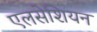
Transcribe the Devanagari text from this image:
एलसेशियन